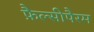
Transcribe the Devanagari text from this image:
फ़ैल्सीपैरम